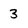
Character: 3